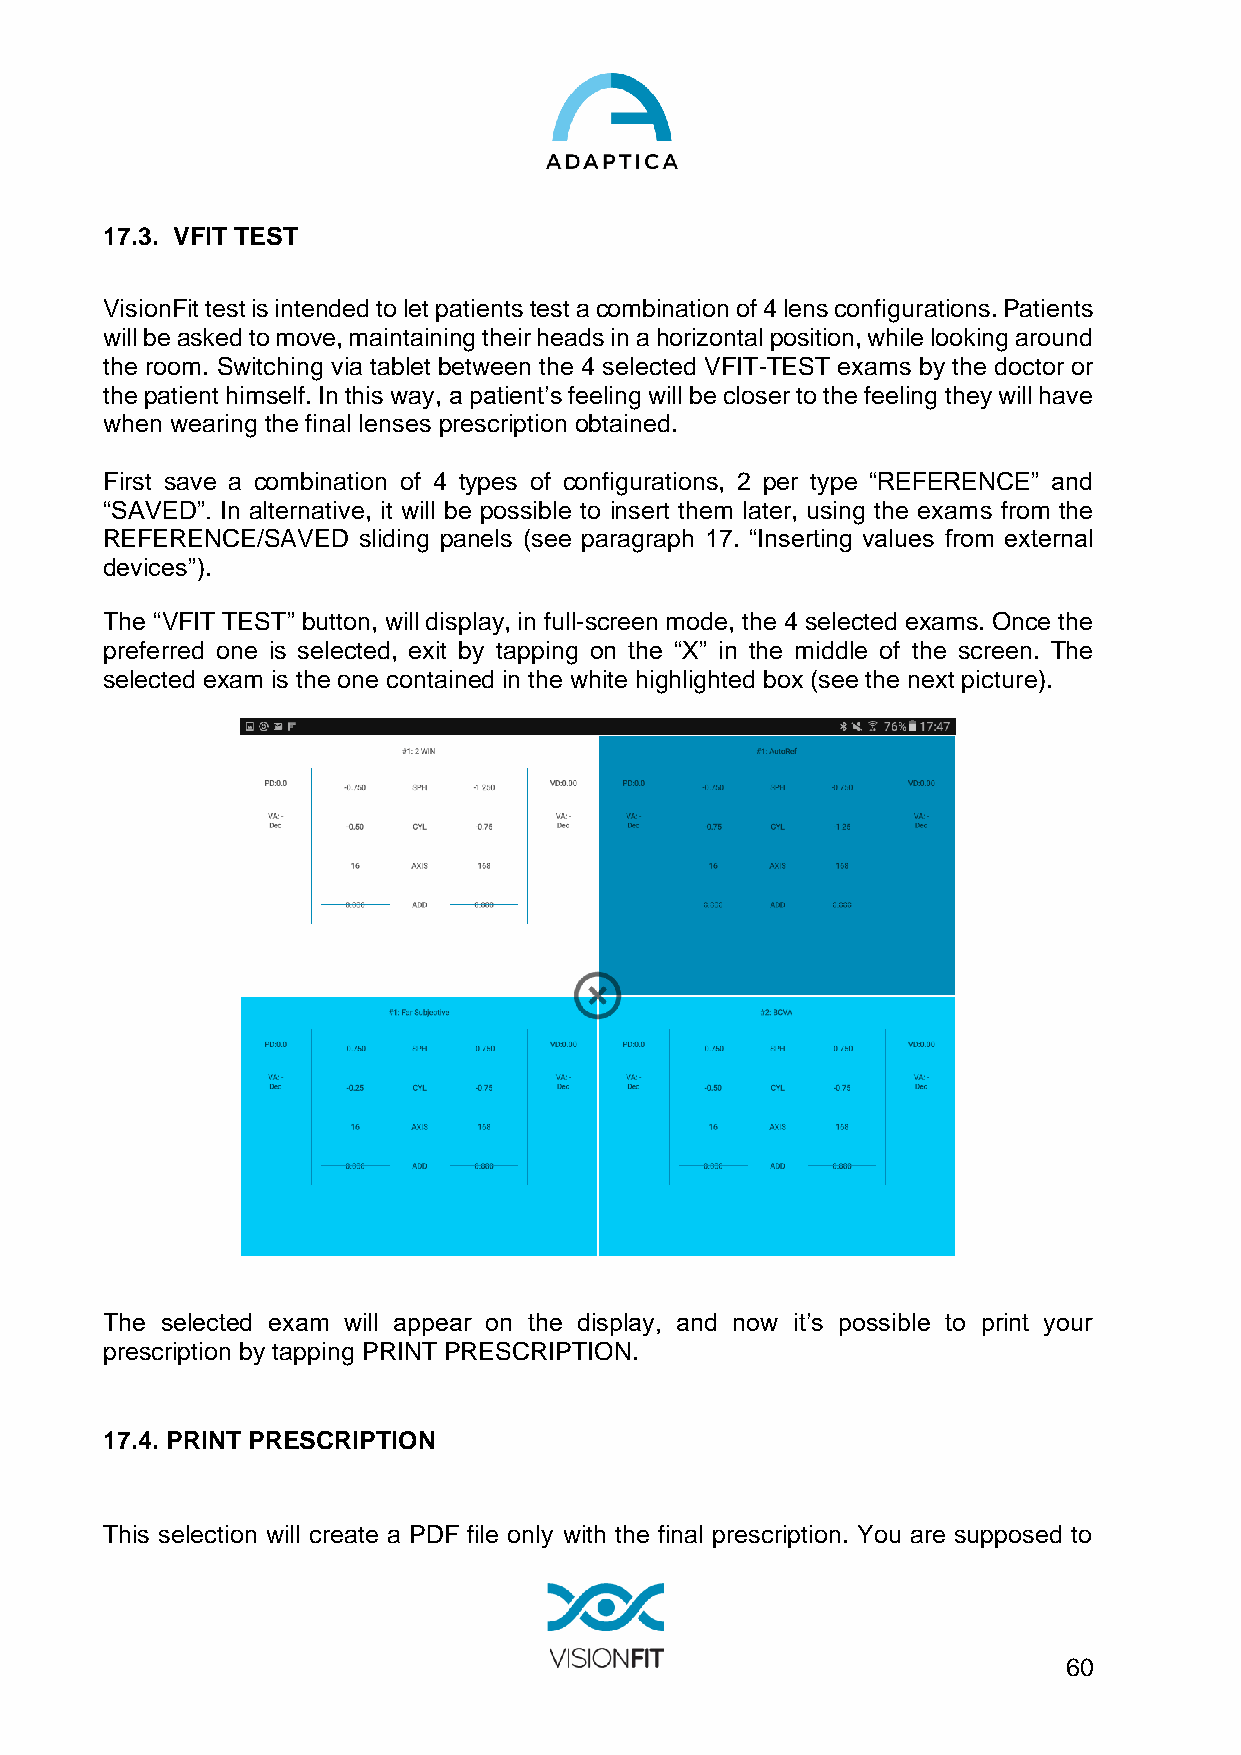
17.3. VFIT TEST
 VisionFit test is intended to let patients test a combination of 4 lens configurations. Patients
 will be asked to move, maintaining their heads in a horizontal position, while looking around
 the room. Switching via tablet between the 4 selected VFIT-TEST exams by the doctor or
 the patient himself. In this way, a patient’s feeling will be closer to the feeling they will have
 when wearing the final lenses prescription obtained.
 First save a combination of 4 types of configurations, 2 per type “REFERENCE” and
 “SAVED”. In alternative, it will be possible to insert them later, using the exams from the
 REFERENCE/SAVED  sliding panels (see paragraph 17. “Inserting values from external
 devices”).
 The “VFIT TEST” button, will display, in full-screen mode, the 4 selected exams. Once the
 preferred one is selected, exit by tapping on the “X” in the middle of the screen. The
 selected exam is the one contained in the white highlighted box (see the next picture).
 The selected exam will appear on the display, and now it’s possible to print your
 prescription by tapping PRINT PRESCRIPTION.
 17.4. PRINT PRESCRIPTION
 This selection will create a PDF file only with the final prescription. You are supposed to
 60